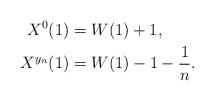
LaTeX: \begin{align*}X^0(1)&=W(1)+1,\\X^{y_n}(1)&=W(1)-1-\frac{1}{n}.\end{align*}